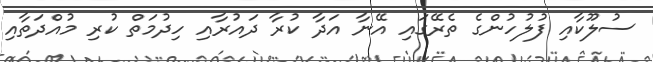
ސުލޫކާއި ފުލުހުންގެ ތެރޭގައި އޭނާ އަދާ ކުރާ ދައުރާއި ހިދުމަތް ކުރި މުއްދަތާއި